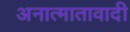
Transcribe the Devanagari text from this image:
अनात्मातावादी